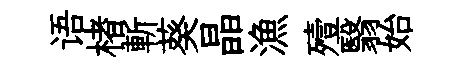
语楮斬葵晶漁殪翳始